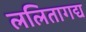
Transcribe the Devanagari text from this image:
ललितागद्य